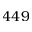
4 4 9